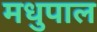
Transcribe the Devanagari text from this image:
मधुपाल